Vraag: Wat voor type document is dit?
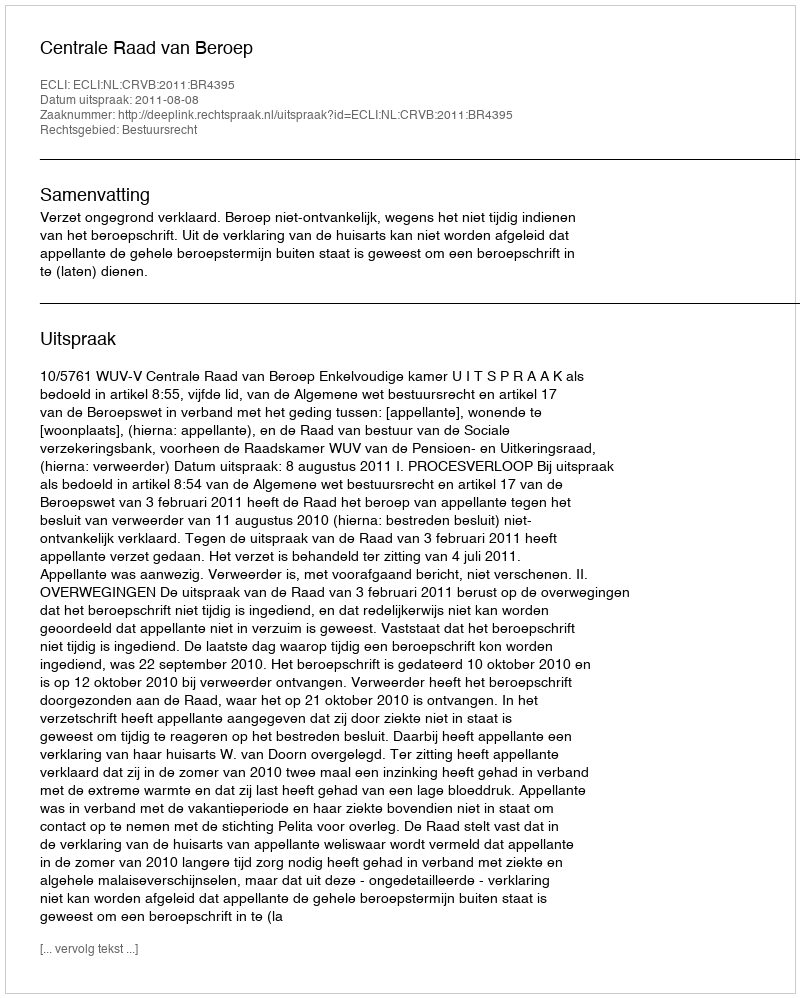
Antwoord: Uitspraak